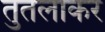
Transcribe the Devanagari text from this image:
तुतलाकर